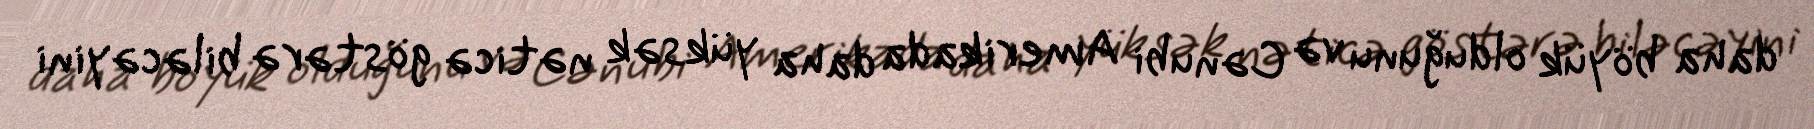
daha böyük olduğunu və Cənubi Amerikada daha yüksək nəticə göstərə biləcəyini